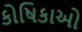
કોષિકાઓ